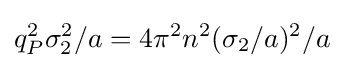
q_{P}^{2}\sigma _{2}^{2}/a=4\pi ^{2}n^{2}(\sigma _{2}/a)^{2}/a